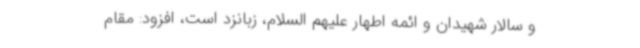
و سالار شهیدان و ائمه اطهار علیهم السلام، زبانزد است، افزود: مقام